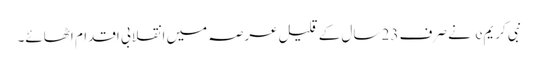
نبی کریم e نے صرف 23 سال کے قلیل عرصہ میں انقلابی اقدام اٹھائے۔